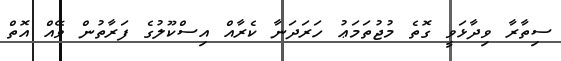
ސިތާރާ ވިދާޅަވީ ގޮތެ މުޖުތަމަޢު ހަރަދަނާ ކެރާއް އިސްކޫލުގެ ފަރާތުން ވޭއް އޮތް